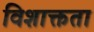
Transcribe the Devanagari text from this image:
विशाक्तता